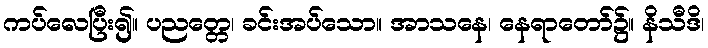
ကပ်လေပြီး၍။ ပညတ္တေ၊ ခင်းအပ်သော။ အာသနေ၊ နေရာတော်၌။ နိသီဒိ၊